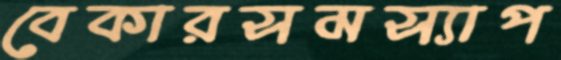
বেকারসমস্যাপ